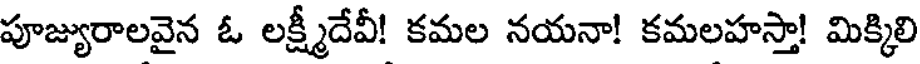
పూజ్యురాలవైన ఓ లక్ష్మీదేవీ! కమల నయనా! కమలహస్తా! మిక్కిలి